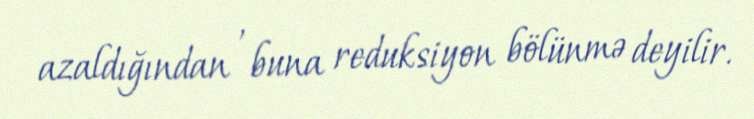
azaldığından , buna reduksiyon bölünmə deyilir.